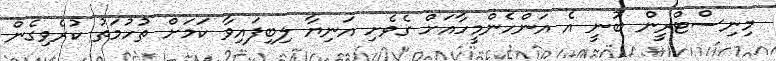
މިނިސްޓްރީން ބުނީ އެ އަންހެންމީހާއަށް ގެވެށި އަނިޔާ ލިބިފައިވާ ކަމަށް ތުހުމަތު ކުރެވިގެން